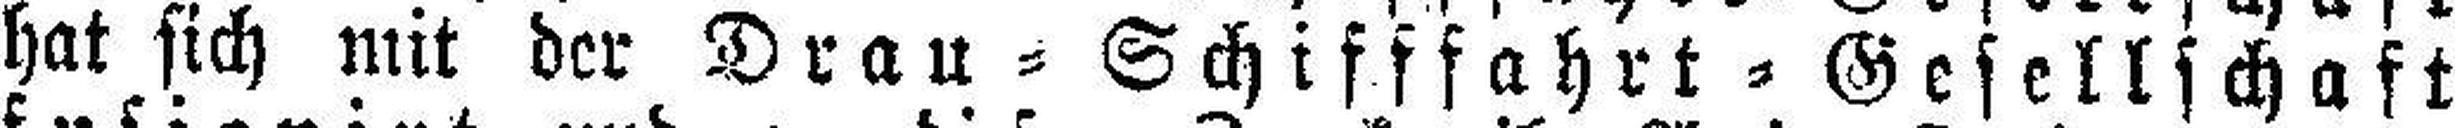
hat sich mit der Drau=Schifffahrt=Gesellschaft